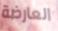
العارضة